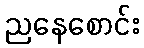
ညနေစောင်း